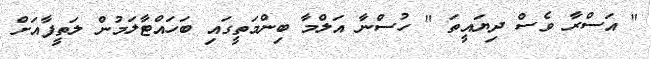
" އަސްރާ ވެސް ދިޔައީތަ " ހުސްނާ އަލްމާ ބިންމަތީގައި ބަހައްޓާލަމުން ލަތީފާއަށް